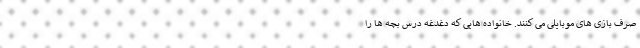
صرف بازی های موبایلی می کنند. خانواده هایی که دغدغه درس بچه ها را